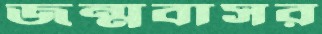
জন্মবাসর